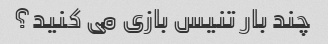
چند بار تنیس بازی می کنید؟